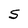
Character: S